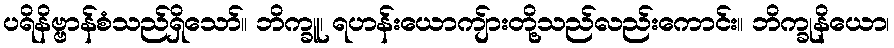
ပရိနိဗ္ဗာန်စံသည်ရှိသော်။ ဘိက္ခူ၊ ရဟန်းယောကျ်ားတို့သည်လည်းကောင်း။ ဘိက္ခုနိယော၊